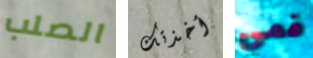
الصلب أخذتك فمي